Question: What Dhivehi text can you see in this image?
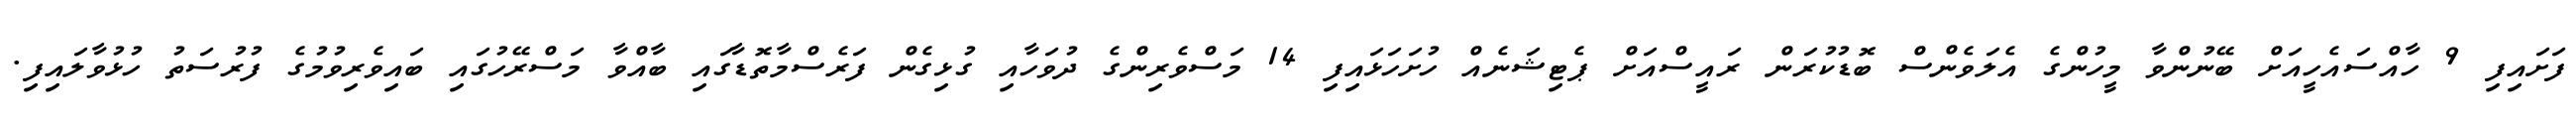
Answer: ފަށައިފި 9 ހާއްސައެހީއަށް ބޭނުންވާ މީހުންގެ އެލަވެންސް ބޮޑުކުރަން ރައީސްއަށް ޕެޓިޝަނެއް ހުށަހަޅައިފި 14 މަސްވެރިންގެ ދުވަހާއި ގުޅިގެން ފަރެސްމާތޮޑާގައި ބާއްވާ މަސްރޭހުގައި ބައިވެރިވުމުގެ ފުރުސަތު ހުޅުވާލައިފި.